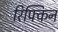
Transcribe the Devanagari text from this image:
रिफ्किन